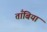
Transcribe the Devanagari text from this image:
ताँबिया